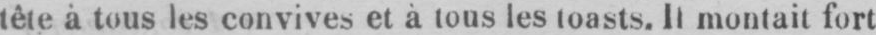
tête à tous les convives et à tous les toasts. Il montait fort